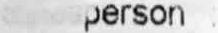
PERSON :